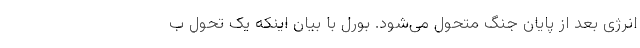
انرژی بعد از پایان جنگ متحول می‌شود. بورل با بیان اینکه یک تحول ب